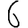
Digit: 6